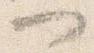
一